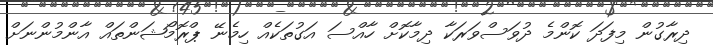
ދިރާގުން މިފަދަ ކޮންމެ ދުވަސްވަރަކާ ދިމާކޮށް ހާއްސަ އަގުތަކެއް ހިމެނޭ ޕްރޮމޯޝަންތައް އާންމުންނަށް